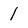
Character: 1